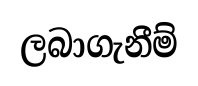
ලබාගැනීම්